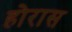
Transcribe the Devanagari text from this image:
होरास